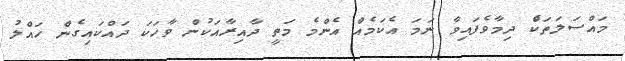
މައްސަލަތަކެް ދިމާވެފައިވާ ނަމަ އެކަމެއް އެންމެ މަތީ ދާއިރާއަކުން ވާހަކަ ދައްކައިގެން ހައްލު